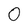
Character: 0